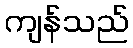
ကျန်သည်